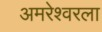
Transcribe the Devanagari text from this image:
अमरेश्वरला